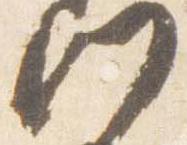
門